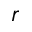
r